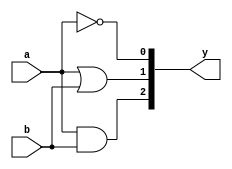
module s_andornot(a,b,y);
    input a,b;
    output [2:0]y;
    and ag(y[2],a,b);
    or og(y[1],a,b);
    not ng(y[0],a);
endmodule


module tb_andornot;
    reg a,b;
    wire [2:0]y;
    s_andornot ob(a,b,y);
    initial
    begin
        $dumpfile("dump.vcd");
        $dumpvars(0,tb_andornot);
        a=1'b0;b=1'b0;
        #20
        a=1'b0;b=1'b1;
        #20
        a=1'b1;b=1'b0;
        #20
        a=1'b1;b=1'b1;
        #20
        $finish;

    end
endmodule